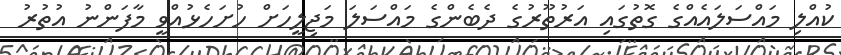
ކުއްލި މައްސަލައެއްގެ ގޮތުގައި އަރުތޫރުގެ ދެބެންގެ މައްސަލަ މަޖިލީހަށް ހުށަހެޅުއްވީ މާފަންނު އުތުރު